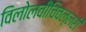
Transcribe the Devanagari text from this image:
विलोलवीचिवल्लरी